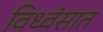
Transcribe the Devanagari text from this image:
विध्वंसात